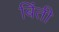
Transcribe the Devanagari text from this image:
बिंती